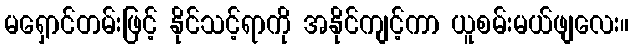
မရှောင်တမ်းဖြင့် နိုင်သင့်ရာကို အနိုင်ကျင့်ကာ ယူစမ်းမယ်ဖျလေး။